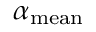
\alpha _ { \mathrm { m e a n } }